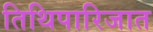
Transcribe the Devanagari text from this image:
तिथिपारिजात